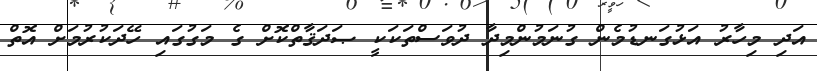
އަދި މިހާރު އަޅުގަނޑުމެން ގުނަމުންމިދާ ދުވަސްތަކަކީ ޞަދަޤާތްކޮށް ގެ މަގުގައި ހޭދަކުރުމަށް އޮތް